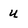
Character: u